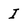
Character: I